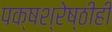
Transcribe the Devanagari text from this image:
पक्षश्रेष्ठीही